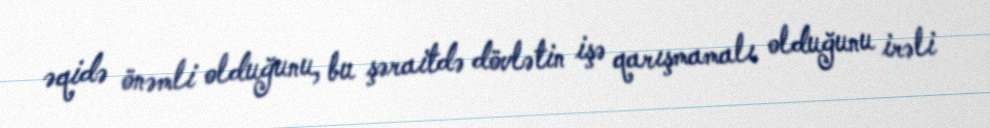
əqidə önəmli olduğunu, bu şəraitdə dövlətin işə qarışmamalı olduğunu irəli